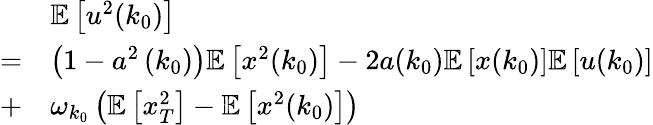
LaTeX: \begin{array}{rl}&{\mathbb{E}\left[u^{2}(k_{0})\right]}\\ {=}&{\left(1-a^{2}\left(k_{0}\right)\right)\mathbb{E}\left[x^{2}(k_{0})\right]-2a(k_{0})\mathbb{E}\left[x(k_{0})\right]\mathbb{E}\left[u(k_{0})\right]}\\ {+}&{\omega_{k_{0}}\left(\mathbb{E}\left[x_{T}^{2}\right]-\mathbb{E}\left[x^{2}(k_{0})\right]\right)}\end{array}